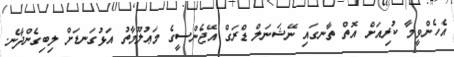
އެހެންވީމާ ކުރިއަށް އޮތް ތާނގައި ނޭޝަނަލް ޑްރަގް އޭޖެންސީގެ މަޢުލޫމާތު އަޅުގަނޑަށް ލިބިގެންދާނެ.